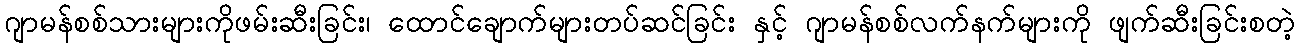
ဂျာမန်စစ်သားများကိုဖမ်းဆီးခြင်း၊ ထောင်ချောက်များတပ်ဆင်ခြင်း နှင့် ဂျာမန်စစ်လက်နက်များကို ဖျက်ဆီးခြင်းစတဲ့